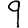
Digit: 9